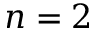
n = 2